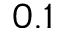
0 . 1